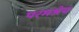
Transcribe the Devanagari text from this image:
परमश्रेय